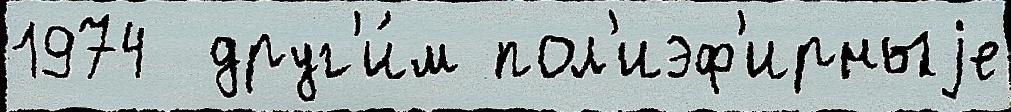
1974  друг'и́м пол'иэф'ирныjе